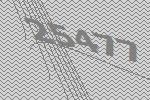
25477